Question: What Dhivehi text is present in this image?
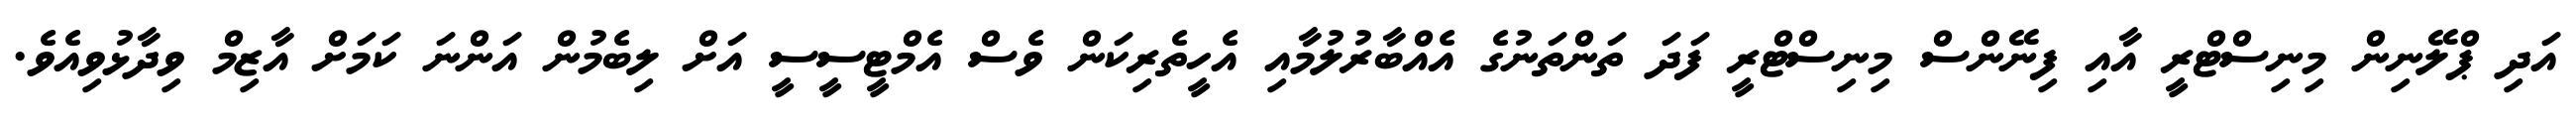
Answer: އަދި ޕްލޭނިން މިނިސްޓްރީ އާއި ފިނޭންސް މިނިސްޓްރީ ފަދަ ތަންތަނުގެ އެއްބާރުލުމާއި އެހީތެރިކަން ވެސް އެމްޓީސީސީ އަށް ލިބެމުން އަންނަ ކަމަށް އާޒިމް ވިދާޅުވިއެވެ.